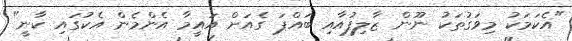
"އެކަމަކު މިވަގުތަކު ނޫން ޒާލިފުއާއި ބައްޕަ ގެއަށް އައީމާ އެންމެން އެކުގައި ކާނީ"